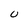
Character: U